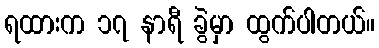
ရထားက ၁၇ နာရီ ခွဲမှာ ထွက်ပါတယ်။